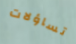
تساؤلات